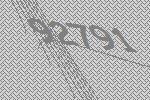
92791